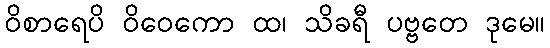
ဝိစာရေပိ ဝိဝေကော ထ၊ သိခရီ ပဗ္ဗတေ ဒုမေ။